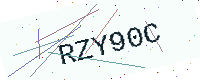
Text: RZY90C